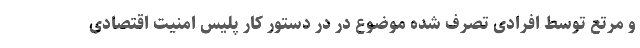
و مرتع توسط افرادی تصرف شده موضوع در در دستور کار پلیس امنیت اقتصادی